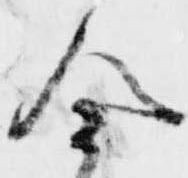
合